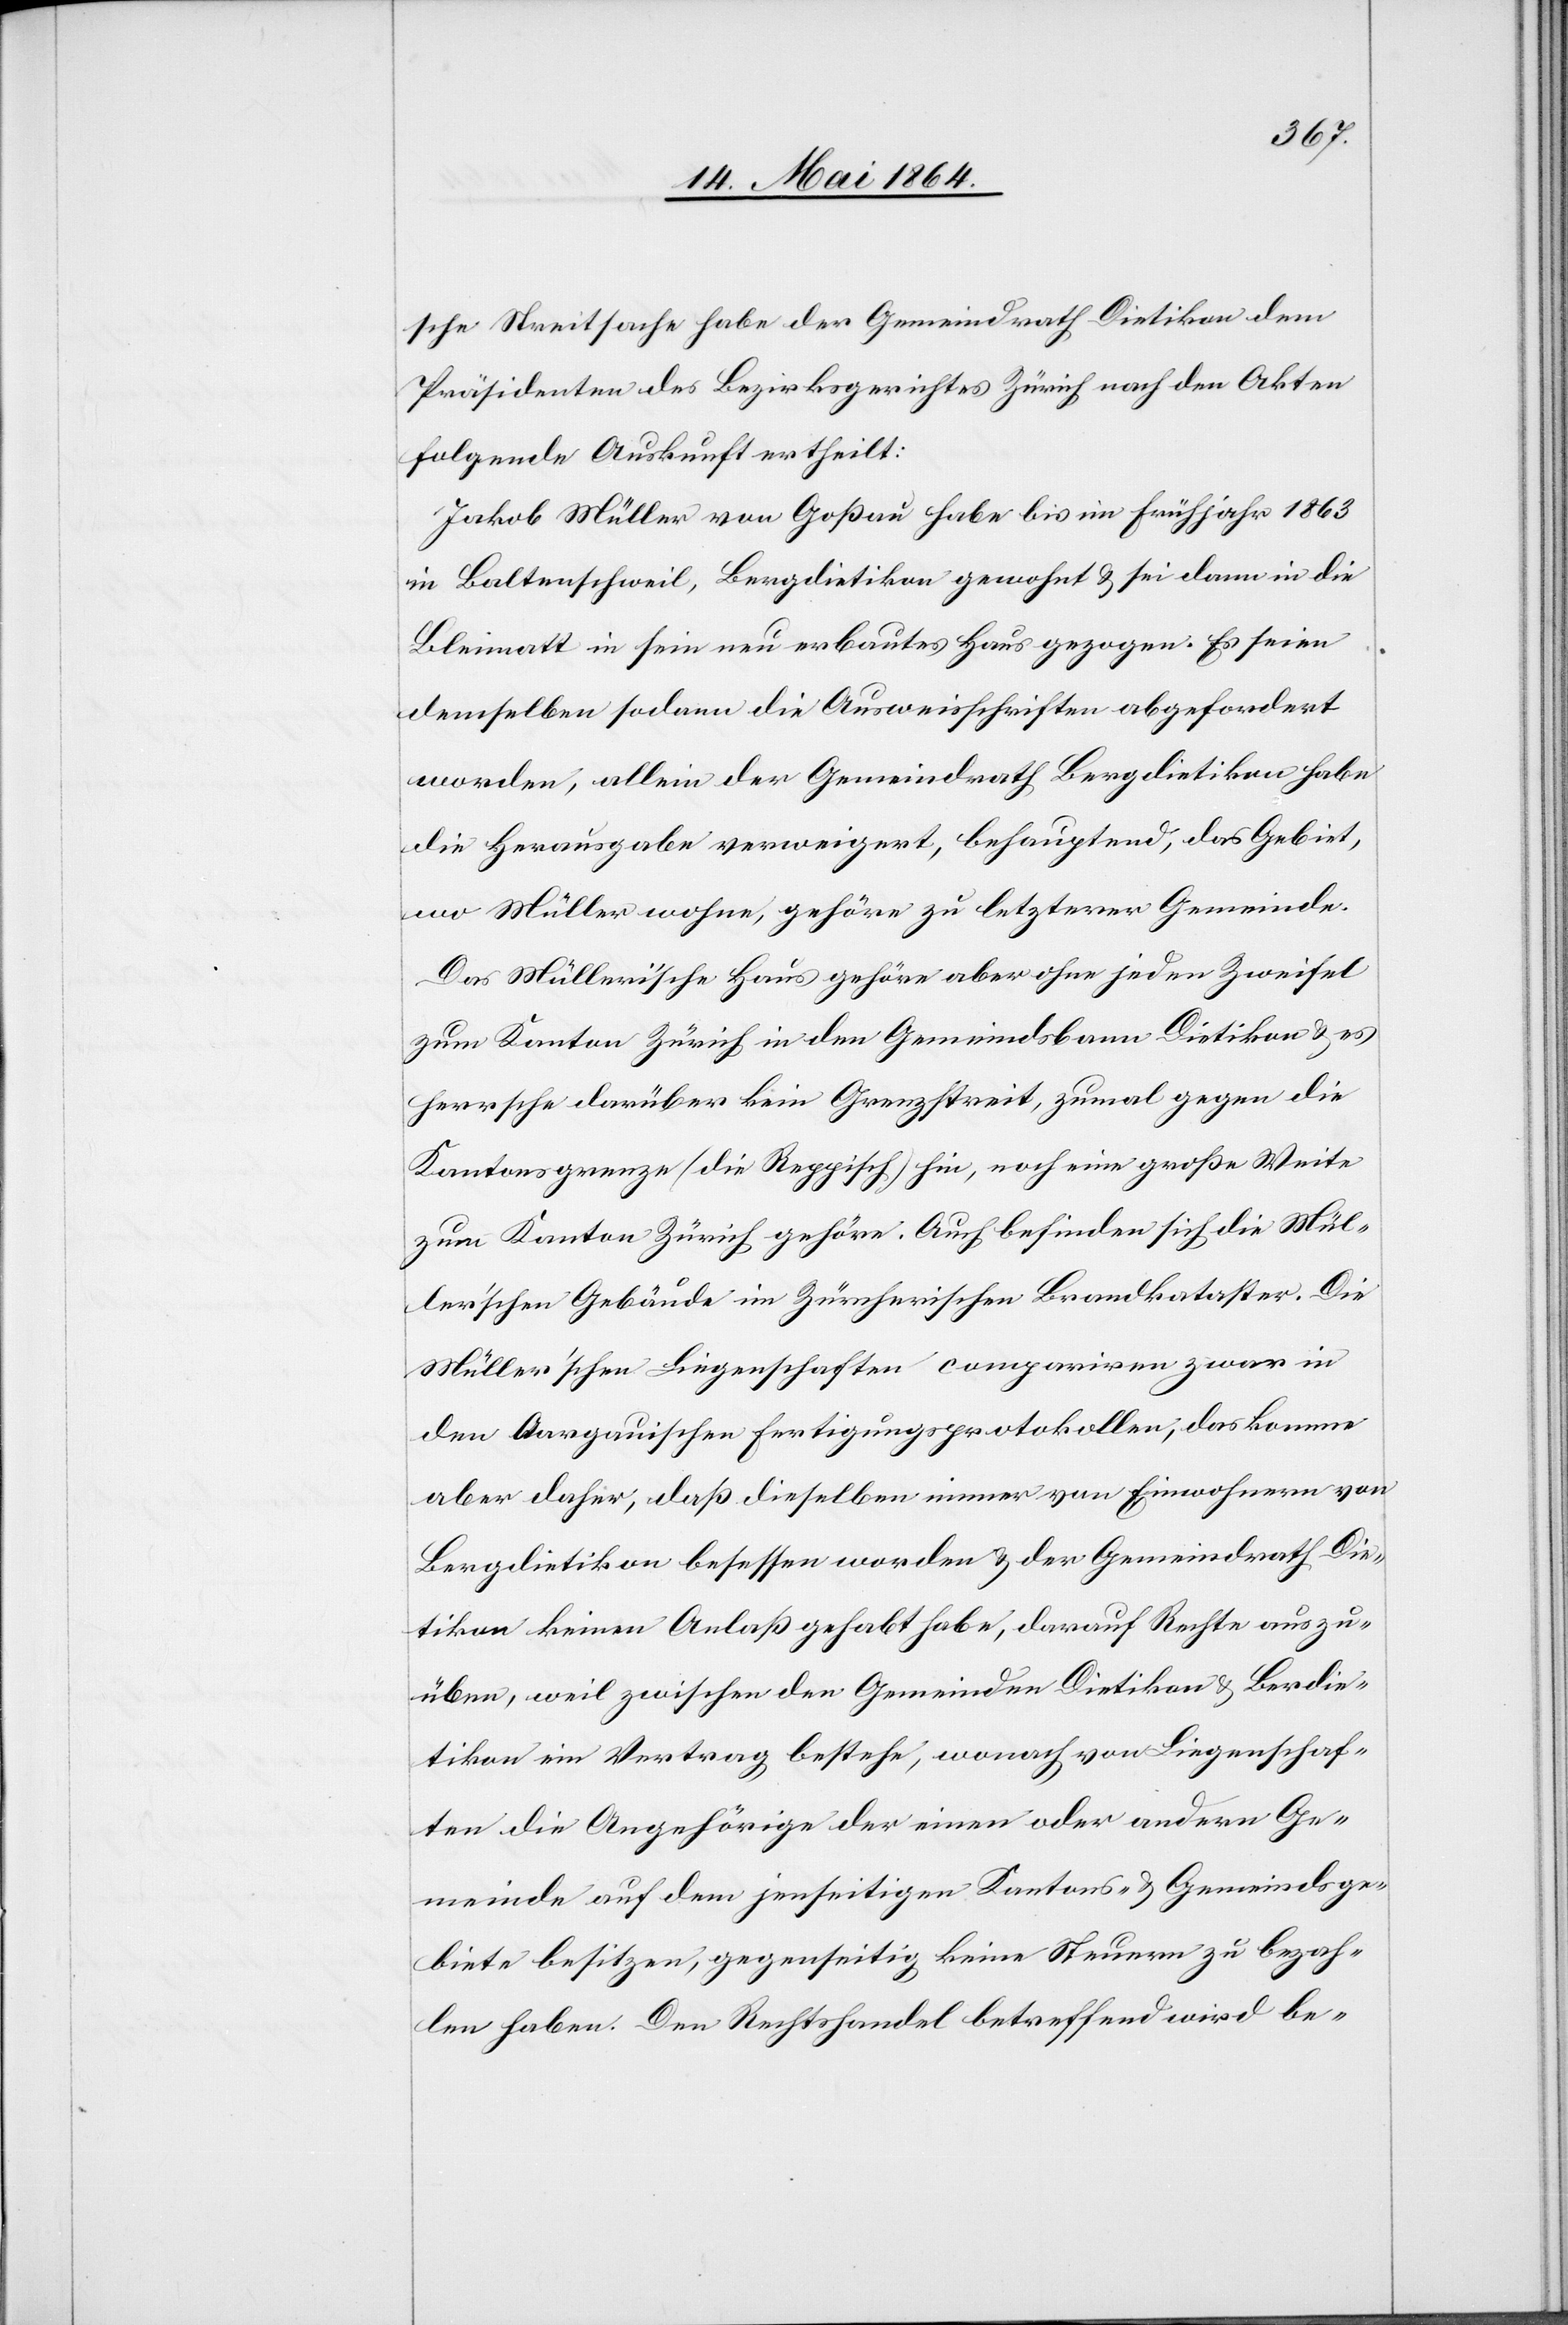
sche Streitsache habe der Gemeindrath Dietikon dem
Präsidenten des Bezirksgerichtes Zürich nach den Akten
folgende Auskunft ertheilt:
Jakob Müller von Goßau habe bis im Frühjahr 1863
in Baltenschweil, Bergdietikon gewohnt u. sei dann in die
Bleimatt in sein neu erbautes Haus gezogen. Es seien
demselben sodann die Ausweisschriften abgefordert
worden, allein der Gemeindrath Bergdietikon habe
die Herausgabe verweigert, behauptend, das Gebiet,
wo Müller wohne, gehöre zu letzterer Gemeinde.
Das Müller’sche Haus gehöre aber ohne jeden Zweifel
zum Kanton Zürich in den Gemeindsbann Dietikon u. es
herrsche darüber kein Grenzstreit, zumal gegen die
Kantonsgrenze (die Reppisch) hin, noch eine große Weite
zum Kanton Zürich gehöre. Auch befinden sich die Mül¬
ler’schen Gebäude im Zürcherischen Brandkataster. Die
Müller’schen Liegenschaften compariren zwar in
den Aargauischen Fertigungsprotokollen, das komme
aber daher, daß dieselben immer von Einwohnern von
Bergdietikon besessen worden u. der Gemeindrath Die¬
tikon keinen Anlaß gehabt habe, darauf Rechte auszu¬
üben, weil zwischen den Gemeinden Dietikon u. Ber[g]die¬
tikon ein Vertrag bestehe, wonach von Liegenschaf¬
ten die Angehörige der einen oder andern Ge¬
meinde auf dem jenseitigen Kantons- u. Gemeindsge¬
biete besitzen, gegenseitig keine Steuern zu bezah¬
len haben. Den Rechtshandel betreffend wird be-